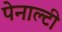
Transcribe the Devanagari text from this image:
पेनाल्‍टी